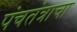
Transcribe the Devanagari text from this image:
पंचतंत्राचा